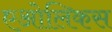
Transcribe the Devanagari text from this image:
एओलिकस